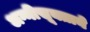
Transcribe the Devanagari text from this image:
अग्नीसूक्ताने